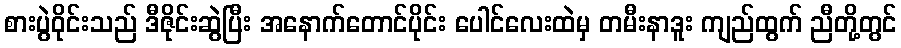
စားပွဲဝိုင်းသည် ဒီဇိုင်းဆွဲပြီး အနောက်တောင်ပိုင်း ပေါင်လေးထဲမှ တမီးနာဒူး ကျည်ထွက် ညီတို့တွင်